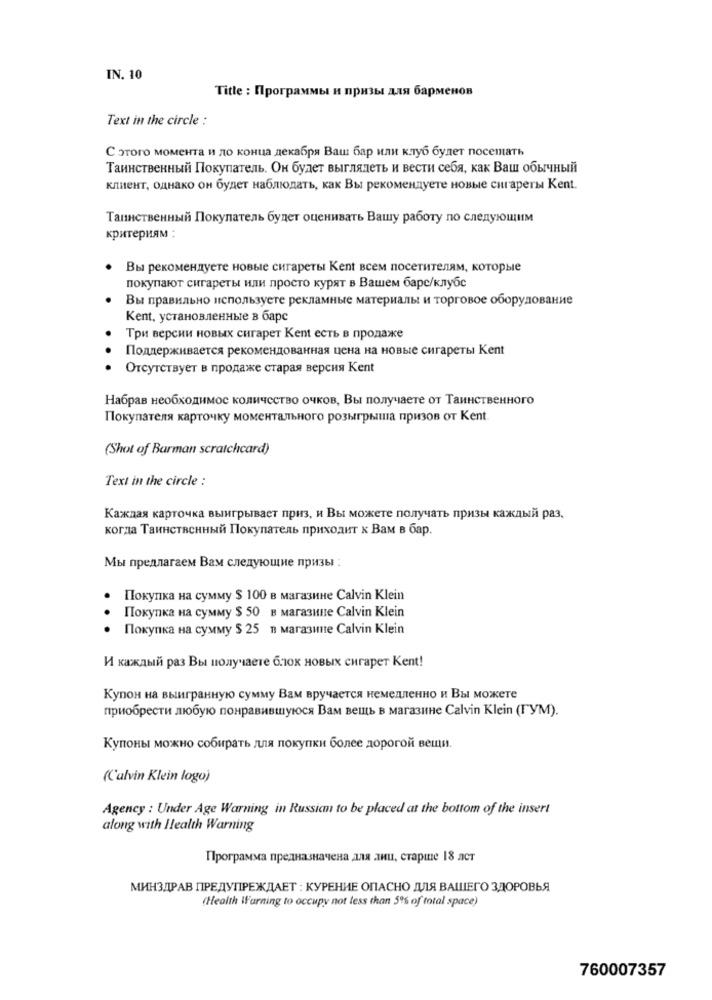
IN. 10
Title : Программы и призы для барменов
Text in the circle :
С этого момента и до конца декабря Ваш бар или клуб будет посещать
Таинственный Покупатель. Он будет выглядеть и вести себя, как Ваш обычный
клиент, однако он будет наблюдать, как Вы рекомендуете новые сигареты Kent.
Таинственный Покупатель будет оценивать Вашу работу по следующим
критериям :
Вы рекомендуете новые сигареты Kent всем посетителям, которые
покупают сигареты или просто курят в Вашем баре/клубс
Вы правильно используете рекламные материалы и торговое оборудование
Kent, установленные в барс
Три версии новых сигарет Кent есть в продаже
Поддерживается рекомендованная цена на новые сигареты Kent
Отсутствует в продаже старая версия Kent
Набрав необходимое количество очков, Вы получаете от Таинственного
Покупателя карточку моментального розыгрыша призов от Kent
(Shot of Barman scratchcard)
Text in the circle :
Каждая карточка выигрывает приз, и Вы можете получать призы каждый раз,
когда Таинственный Покупатель приходит к Вам в бар.
Мы предлагаем Вам следующие призы :
Покупка на сумму $ 100 в магазине Calvin Klein
Покупка на сумму $ 50 в магазине Calvin Klein
Покупка на сумму $ 25 в магазине Calvin Klein
И каждый раз Вы получаете блок новых сигарет Kent!
Купон на выигранную сумму Вам вручается немедленно и Вы можете
приобрести любую понравившуюся Вам вещь в магазине Calvin Klein (ГУМ).
Купоны можно собирать для покупки более дорогой вещи.
(Calvin Klein logo)
Agency : Under Age Warning in Russiam to be placed at the bottom of the insert
along with Health Warning
Программа предназначена для лиц, старше 18 лет
МИНЗДРАВ ПРЕДУПРЕЖДАЕТ : КУРЕНИЕ ОПАСНО ДЛЯ ВАШЕГО ЗДОРОВЬЯ
(Health Warning to occupy not less than 5% of total space)
760007357